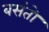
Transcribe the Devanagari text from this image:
बसंतो